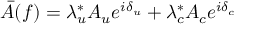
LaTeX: \bar { A } ( f ) = \lambda _ { u } ^ { * } A _ { u } e ^ { i \delta _ { u } } + \lambda _ { c } ^ { * } A _ { c } e ^ { i \delta _ { c } }